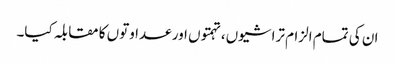
ان کی تمام الزام تراشیوں، تہمتوں اور عداوتوں کا مقابلہ کیا۔